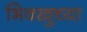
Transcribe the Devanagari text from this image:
भिक्खुच्या